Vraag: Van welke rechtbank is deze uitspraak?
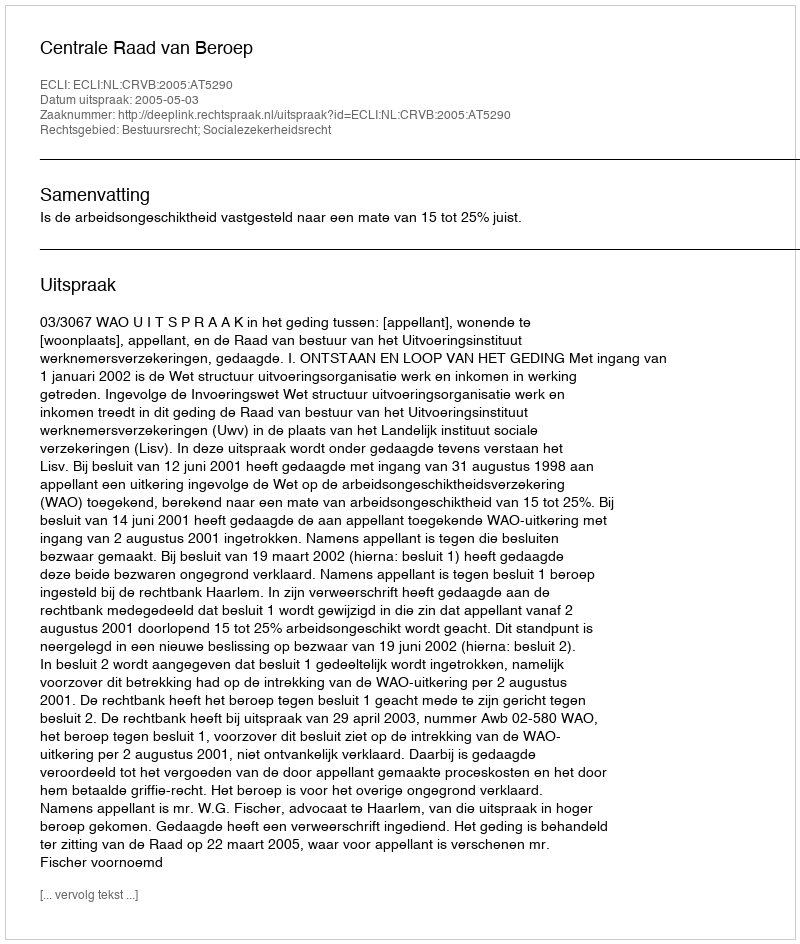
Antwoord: Centrale Raad van Beroep